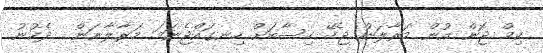
ކިމް ޖޮން އުން މަރާލަން ޖެހޭ ހިސާބަށް ހިނގައްޖެނަމަ މަރާލާނަން  ދެކުނު